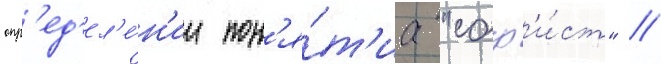
опр'ед'ел'е́н'ии пон'я́т'иа "соф'и́ст" //